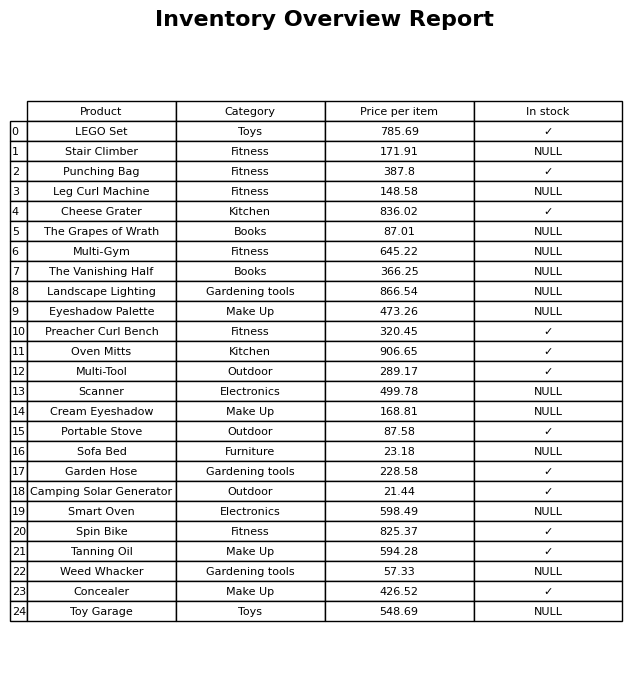
question: Which products are currently out of stock?
answer: Stair Climber, Leg Curl Machine, The Grapes of Wrath, Multi-Gym, The Vanishing Half, Landscape Lighting, Eyeshadow Palette, Scanner, Cream Eyeshadow, Sofa Bed, Smart Oven, Weed Whacker, Toy Garage